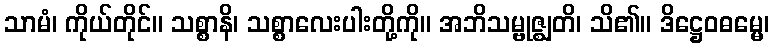
သာမံ၊ ကိုယ်တိုင်။ သစ္စာနိ၊ သစ္စာလေးပါးတို့ကို။ အဘိသမ္ဗုဇ္ဈတိ၊ သိ၏။ ဒိဋ္ဌေဝဓမ္မေ၊